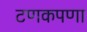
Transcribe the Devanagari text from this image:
टणकपणा